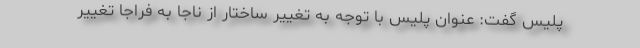
پلیس گفت: عنوان پلیس با توجه به تغییر ساختار از ناجا به فراجا تغییر